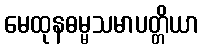
မေထုနဓမ္မသမာပတ္တိယာ